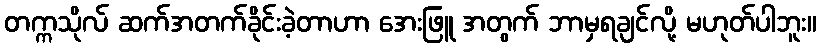
တက္ကသိုလ် ဆက်အတက်ခိုင်းခဲ့တာဟာ အေးဖြူ အတွက် ဘာမှရချင်လို့ မဟုတ်ပါဘူး။